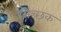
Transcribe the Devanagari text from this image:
सिच्‍छक